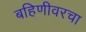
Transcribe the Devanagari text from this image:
बहिणीवरचा